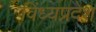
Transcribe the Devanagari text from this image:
विंध्यप्रदेश